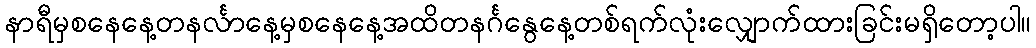
နာရီမှစနေနေ့တနင်္လာနေ့မှစနေနေ့အထိတနင်္ဂနွေနေ့တစ်ရက်လုံးလျှောက်ထားခြင်းမရှိတော့ပါ။